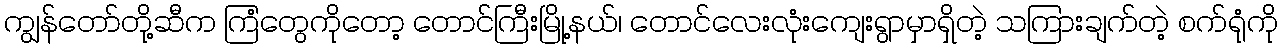
ကျွန်တော်တို့ဆီက ကြံတွေကိုတော့ တောင်ကြီးမြို့နယ်၊ တောင်လေးလုံးကျေးရွာမှာရှိတဲ့ သကြားချက်တဲ့ စက်ရုံကို